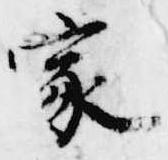
家